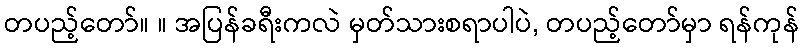
တပည့်တော်။ ။ အပြန်ခရီးကလဲ မှတ်သားစရာပါပဲ, တပည့်တော်မှာ ရန်ကုန်